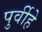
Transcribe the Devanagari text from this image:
पुर्वीहे